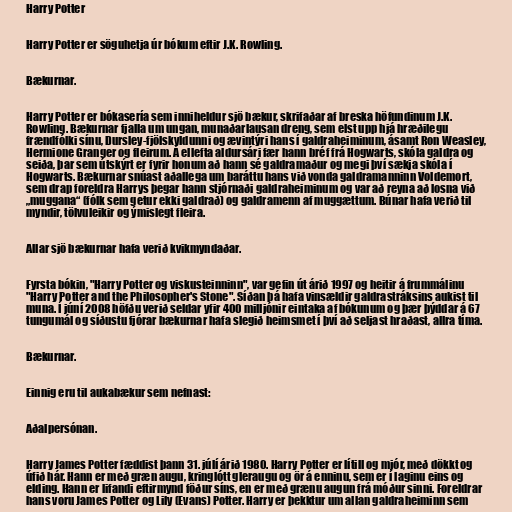
Harry Potter

Harry Potter er söguhetja úr bókum eftir J.K. Rowling.

Bækurnar.

Harry Potter er bókasería sem inniheldur sjö bækur, skrifaðar af breska höfundinum J.K.
Rowling. Bækurnar fjalla um ungan, munaðarlausan dreng, sem elst upp hjá hræðilegu
frændfólki sínu, Dursley-fjölskyldunni og ævintýri hans í galdraheiminum, ásamt Ron Weasley,
Hermione Granger og fleirum. Á ellefta aldursári fær hann bréf frá Hogwarts, skóla galdra og
seiða, þar sem útskýrt er fyrir honum að hann sé galdramaður og megi því sækja skóla í
Hogwarts. Bækurnar snúast aðallega um baráttu hans við vonda galdramanninn Voldemort,
sem drap foreldra Harrys þegar hann stjórnaði galdraheiminum og var að reyna að losna við
„muggana“ (fólk sem getur ekki galdrað) og galdramenn af muggættum. Búnar hafa verið til
myndir, tölvuleikir og ýmislegt fleira.

Allar sjö bækurnar hafa verið kvikmyndaðar.

Fyrsta bókin, "Harry Potter og viskusteinninn", var gefin út árið 1997 og heitir á frummálinu
"Harry Potter and the Philosopher's Stone". Síðan þá hafa vinsældir galdrastráksins aukist til
muna. Í júní 2008 höfðu verið seldar yfir 400 milljónir eintaka af bókunum og þær þýddar á 67
tungumál og síðustu fjórar bækurnar hafa slegið heimsmet í því að seljast hraðast, allra tíma.

Bækurnar.

Einnig eru til aukabækur sem nefnast:

Aðalpersónan.

Harry James Potter fæddist þann 31. júlí árið 1980. Harry Potter er lítill og mjór, með dökkt og
úfið hár. Hann er með græn augu, kringlótt gleraugu og ör á enninu, sem er í laginu eins og
elding. Hann er lifandi eftirmynd föður síns, en er með grænu augun frá móður sinni. Foreldrar
hans voru James Potter og Lily (Evans) Potter. Harry er þekktur um allan galdraheiminn sem